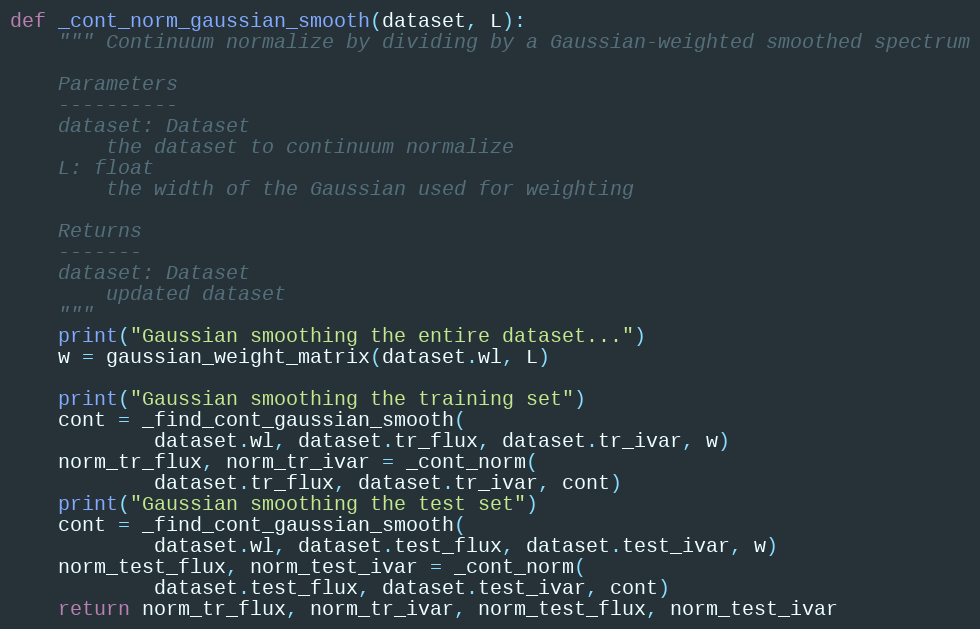
Language: Python
def _cont_norm_gaussian_smooth(dataset, L):
    """ Continuum normalize by dividing by a Gaussian-weighted smoothed spectrum

    Parameters
    ----------
    dataset: Dataset
        the dataset to continuum normalize
    L: float
        the width of the Gaussian used for weighting

    Returns
    -------
    dataset: Dataset
        updated dataset
    """
    print("Gaussian smoothing the entire dataset...")
    w = gaussian_weight_matrix(dataset.wl, L)

    print("Gaussian smoothing the training set")
    cont = _find_cont_gaussian_smooth(
            dataset.wl, dataset.tr_flux, dataset.tr_ivar, w)
    norm_tr_flux, norm_tr_ivar = _cont_norm(
            dataset.tr_flux, dataset.tr_ivar, cont)
    print("Gaussian smoothing the test set")
    cont = _find_cont_gaussian_smooth(
            dataset.wl, dataset.test_flux, dataset.test_ivar, w)
    norm_test_flux, norm_test_ivar = _cont_norm(
            dataset.test_flux, dataset.test_ivar, cont)
    return norm_tr_flux, norm_tr_ivar, norm_test_flux, norm_test_ivar